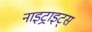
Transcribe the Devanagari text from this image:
नाइट्राइट्स